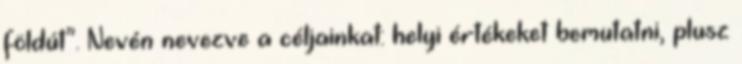
földút”. Nevén nevezve a céljainkat: helyi értékeket bemutatni, plusz